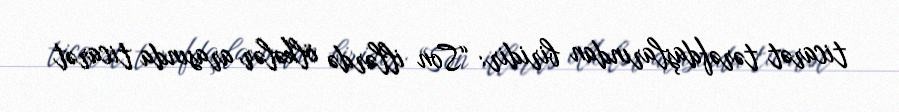
ticarət tərəfdaşlarından biridir: “Son illərdə ölkələr arasında ticarət